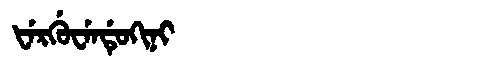
Manchu: ᡶᡝᡵᡤᡠᠸᡝᠨᡩᡠᡴᡳᠨᡳ
Romanization: FERGUWENDUKINI